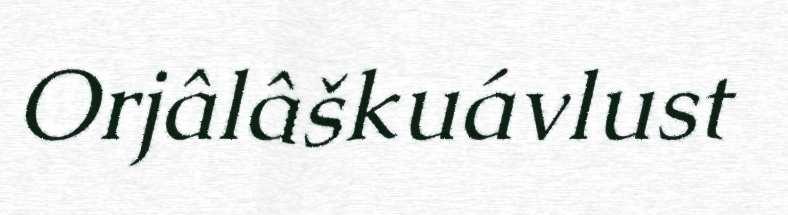
Orjâlâškuávlust